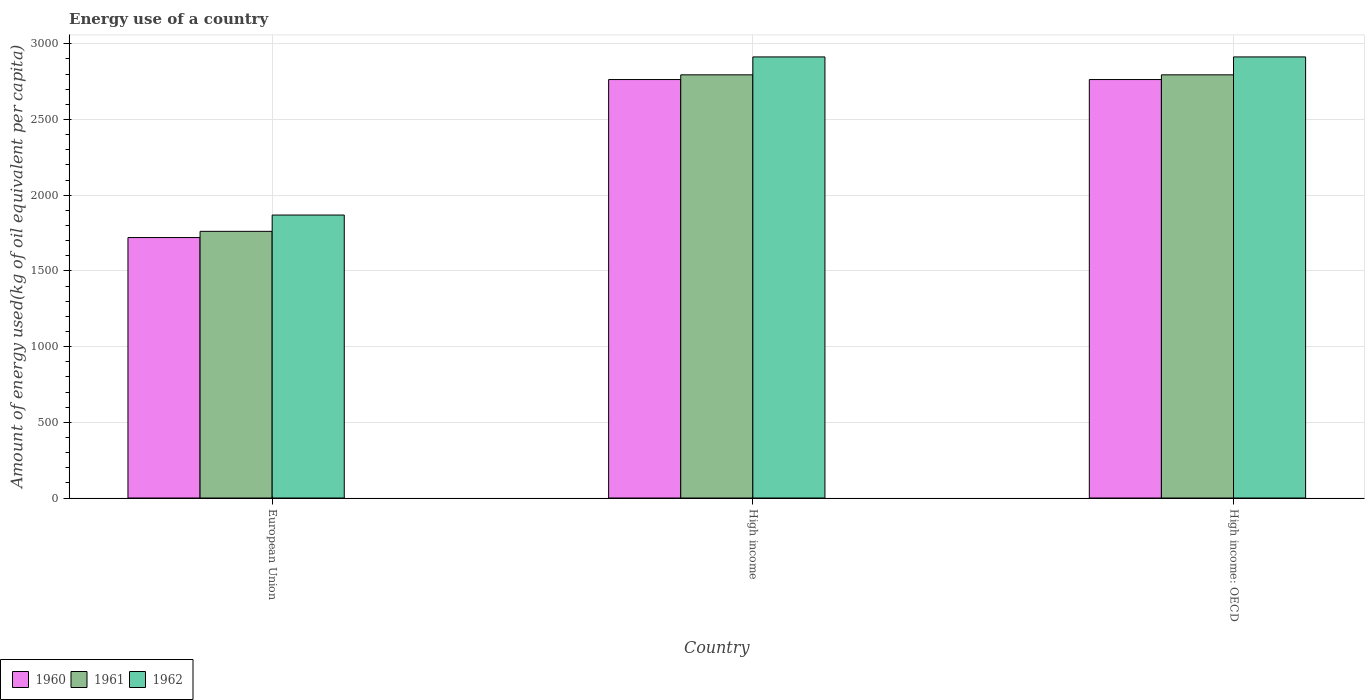
| Country | 1960 | 1961 | 1962 |
 | --- | --- | --- | --- |
 | European Union | 1.72e+03 | 1.76e+03 | 1.87e+03 |
 | High income | 2.76e+03 | 2.8e+03 | 2.91e+03 |
 | High income: OECD | 2.76e+03 | 2.8e+03 | 2.91e+03 |